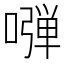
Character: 𠽂